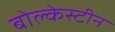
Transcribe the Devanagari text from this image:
बोल्केस्टीन